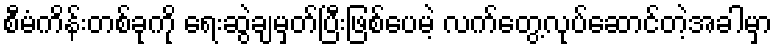
စီမံကိန်းတစ်ခုကို ရေးဆွဲချမှတ်ပြီးဖြစ်ပေမဲ့ လက်တွေ့လုပ်ဆောင်တဲ့အခါမှာ